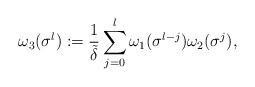
LaTeX: \begin{align*}\omega_{3}(\sigma^{l}):=\frac{1}{\tilde{\delta}}\sum^{l}_{j=0}\omega_{1}(\sigma^{l-j})\omega_{2}(\sigma^{j}),\end{align*}